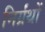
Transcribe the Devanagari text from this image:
निर्ग्रंथों